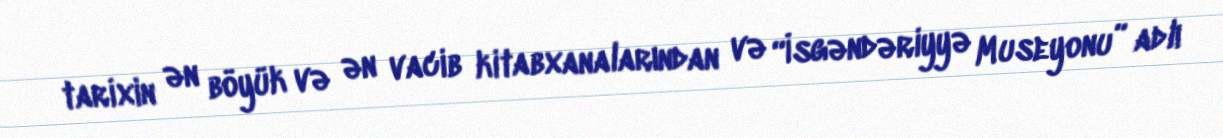
tarixin ən böyük və ən vacib kitabxanalarından və “İsgəndəriyyə Museyonu” adlı